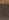
يا